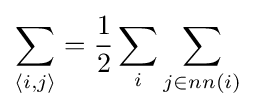
\sum _{\langle i,j\rangle }={\frac {1}{2}}\sum _{i}\sum _{j\in nn(i)}